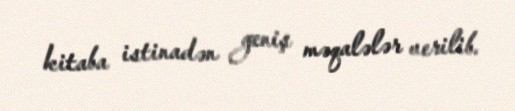
kitaba istinadən geniş məqalələr verilib.